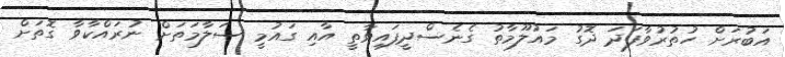
އަބުރަށް ހުތުރުވާފަދަ ދޮގު މައުލޫމާތު ގެނެސްދީފައިވާތީ އާއި ގައުމީ ސަލާމަތަށް ނުރައްކާވާ ގޮތަށް